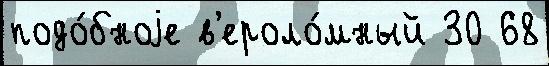
подо́бноjе в'ероло́мный 30 68